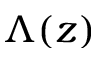
\Lambda ( z )